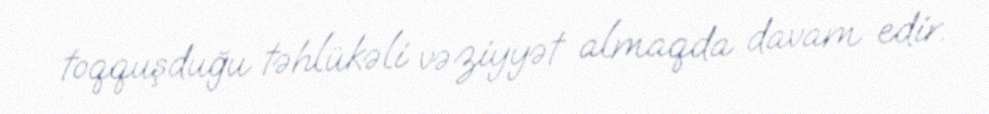
toqquşduğu təhlükəli vəziyyət almaqda davam edir.